Scottish Certificate of Education, 1963
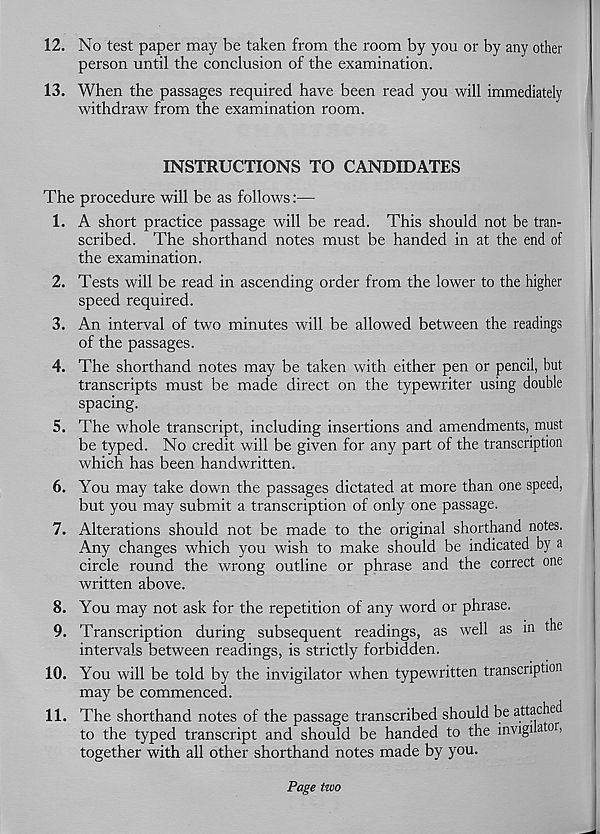
12. No test paper may be taken from the room by you or by any other
person until the conclusion of the examination.
13. When the passages required have been read you will immediately
withdraw from the examination room.
INSTRUCTIONS TO CANDIDATES
The procedure will be as follows:—
1. A short practice passage will be read. This should not be tran-
scribed. The shorthand notes must be handed in at the end of
the examination.
2. Tests will be read in ascending order from the lower to the higher
speed required.
3. An interval of two minutes will be allowed between the readings
of the passages.
4. The shorthand notes may be taken with either pen or pencil, but
transcripts must be made direct on the typewriter using double
spacing.
5. The whole transcript, including insertions and amendments, must
be typed. No credit will be given for any part of the transcription
which has been handwritten.
6. You may take down the passages dictated at more than one speed,
but you may submit a transcription of only one passage.
7. Alterations should not be made to the original shorthand notes.
Any changes which you wish to make should be indicated by a
circle round the wrong outline or phrase and the correct one
written above.
8. You may not ask for the repetition of any word or phrase.
9. Transcription during subsequent readings, as well as in the
intervals between readings, is strictly forbidden.
10. You will be told by the invigilator when typewritten transcription
may be commenced.
11. The shorthand notes of the passage transcribed should be attached
to the typed transcript and should be handed to the invigua or,
together with all other shorthand notes made by you.
Page two